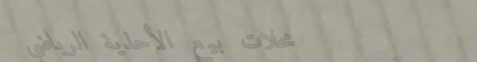
محلات بيع الأحذية الرياضي